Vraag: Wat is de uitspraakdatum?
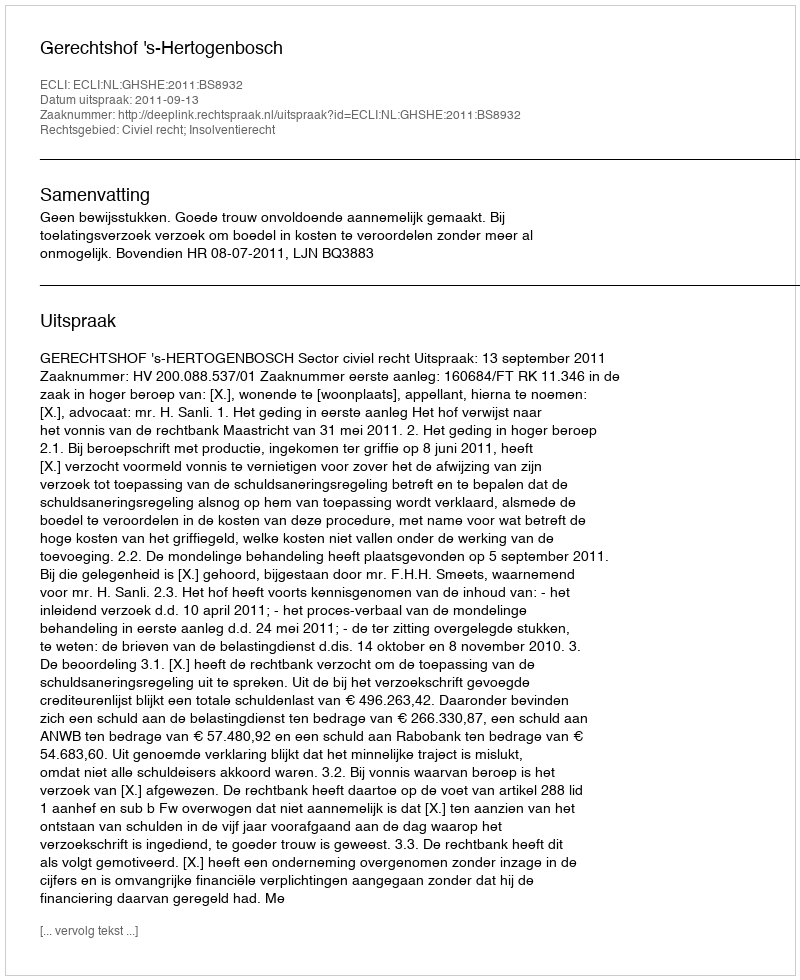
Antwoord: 2011-09-13